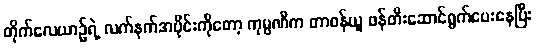
တိုက်လေယာဉ်ရဲ့ လက်နက်အပိုင်းကိုတော့ ကုမ္ပဏီက တာဝန်ယူ ဖန်တီးဆောင်ရွက်ပေးနေပြီး